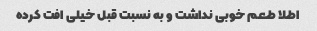
اطلا طعم خوبی نداشت و به نسبت قبل خیلی افت کرده